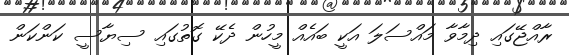
ރާއްޖޭގައި ދިމާވާ މައްސަލަ އަކީ ބައެއް މީހުން ދެކޭ ގޮތުގައި ސިޔާސީ ކަންކަން